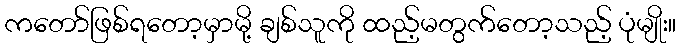
ကတော်ဖြစ်ရတော့မှာမို့ ချစ်သူကို ထည့်မတွက်တော့သည့် ပုံမျိုး။